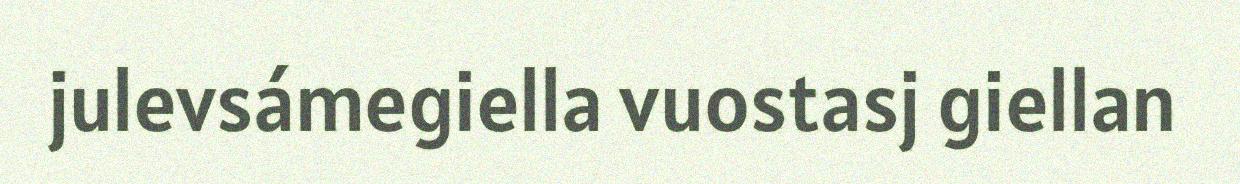
julevsámegiella vuostasj giellan